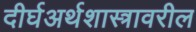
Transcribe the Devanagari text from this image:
दीर्घअर्थशास्त्रावरील